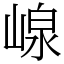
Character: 㟫